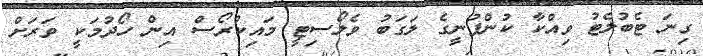
ގިނަ ޓެބުލެޓު ވިއްކާ ކުންފުނީގެ ލަގަބު ވެލޯސިޓީ މައިކުރޯސް އިން ހޯދުމަކީ ވަރަށް